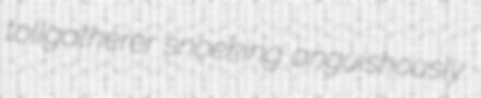
tollgatherer snoeking anguishously